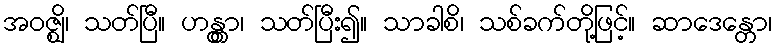
အဝဇ္ဈိ၊ သတ်ပြီ။ ဟန္တွာ၊ သတ်ပြီး၍။ သာခါစိ၊ သစ်ခက်တို့ဖြင့်။ ဆာဒေန္တော၊